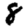
Digit: 8